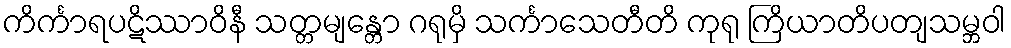
ကိင်္ကာရပဋိဿာဝိနီ သတ္တမျန္တော ဂရုမှိ သင်္ကာသေတီတိ ကုရု ကြိယာတိပတျသမ္ဘဝါ